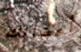
أعضائك